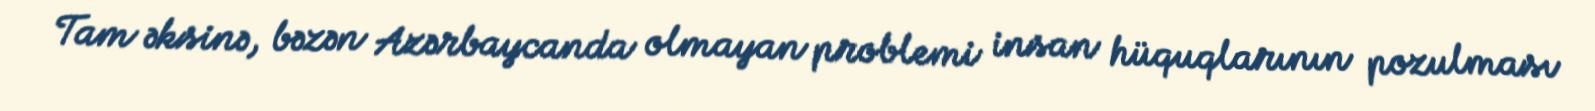
Tam əksinə, bəzən Azərbaycanda olmayan problemi insan hüquqlarının pozulması